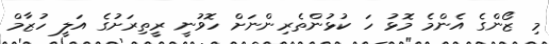
މި ޒޯންގެ އެންމެ މޮޅު ހަ ކުޅުންތެރިންނަށް ހޮވުނީ ރީތިރަށުގެ އަލީ ހުޒާމް